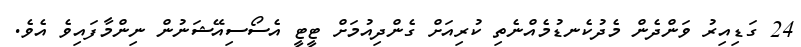
24 ގަޑިއިރު ވަންދެން މެދުކެނޑުމެއްނެތި ކުރިއަށް ގެންދިއުމަށް ޓީޓީ އެސޯސިއޭޝަނުން ނިންމާފައިވެ އެވެ.